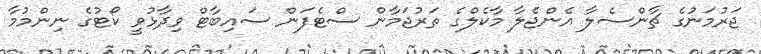
ޖަރުމަނުގެ ޗާންސެލާ އެންޖެލާ މާކެލްގެ ތަރުޖަމާން ސްޓެފަން ސައިބާޓް ވިދާޅުވީ ކޯޓުގެ ނިންމުމާ